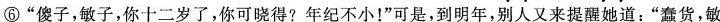
⑥”傻子，敏子，你十二岁了，你可晓得?年纪不小！”可是，到明年，别人又来提醒她道：”蠢货，敏